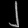
Digit: ၂